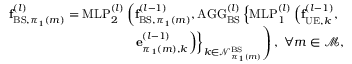
\begin{array} { r } { \mathbf { f } _ { \mathrm { B S } , \pi _ { 1 } ( m ) } ^ { ( l ) } = \mathrm { M L P } _ { 2 } ^ { ( l ) } \left( \mathbf { f } _ { \mathrm { B S } , \pi _ { 1 } ( m ) } ^ { ( l - 1 ) } , \mathrm { A G G } _ { \mathrm { B S } } ^ { ( l ) } \left\{ \mathrm { M L P } _ { 1 } ^ { ( l ) } \left( \mathbf { f } _ { \mathrm { U E } , k } ^ { ( l - 1 ) } , \right. \right. \right. } \\ { \left. \left. \left. \mathbf { e } _ { \pi _ { 1 } ( m ) , k } ^ { ( l - 1 ) } \right) \right\} _ { k \in \mathcal { N } _ { \pi _ { 1 } ( m ) } ^ { \mathrm { B S } } } \right) , ~ \forall m \in \mathcal { M } , } \end{array}